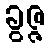
ခွဇ္ဇ